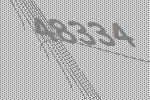
48334